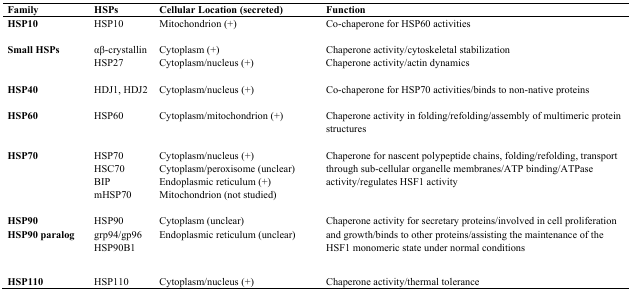
<table><thead><tr><td><b>Family</b></td><td><b>HSPs</b></td><td><b>Cellular Location (secreted)</b></td><td><b>Function</b></td></tr></thead><tbody><tr><td><b>HSP10</b></td><td>HSP10</td><td>Mitochondrion (+)</td><td>Co-chaperone for HSP60 activities</td></tr><tr><td><b>Small HSPs</b></td><td>αβ-crystallin</td><td>Cytoplasm (+)</td><td>Chaperone activity/cytoskeletal stabilization</td></tr><tr><td></td><td>HSP27</td><td>Cytoplasm/nucleus (+)</td><td>Chaperone activity/actin dynamics</td></tr><tr><td><b>HSP40</b></td><td>HDJ1, HDJ2</td><td>Cytoplasm/nucleus (+)</td><td>Co-chaperone for HSP70 activities/binds to non-native proteins</td></tr><tr><td><b>HSP60</b></td><td>HSP60</td><td>Cytoplasm/mitochondrion (+)</td><td>Chaperone activity in folding/refolding/assembly of multimeric protein structures</td></tr><tr><td><b>HSP70</b></td><td>HSP70</td><td>Cytoplasm/nucleus (+)</td><td rowspan="4">Chaperone for nascent polypeptide chains, folding/refolding, transport through sub-cellular organelle membranes/ATP binding/ATPase activity/regulates HSF1 activity</td></tr><tr><td></td><td>HSC70</td><td>Cytoplasm/peroxisome (unclear)</td></tr><tr><td></td><td>BIP</td><td>Endoplasmic reticulum (+)</td></tr><tr><td></td><td>mHSP70</td><td>Mitochondrion (not studied)</td></tr><tr><td><b>HSP90</b><b>HSP90 paralog</b></td><td>HSP90grp94/gp96 HSP90B1</td><td>Cytoplasm (unclear)Endoplasmic reticulum (unclear)</td><td>Chaperone activity for secretary proteins/involved in cell proliferation and growth/binds to other proteins/assisting the maintenance of the HSF1 monomeric state under normal conditions</td></tr><tr><td><b>HSP110</b></td><td>HSP110</td><td>Cytoplasm/nucleus (+)</td><td>Chaperone activity/thermal tolerance</td></tr></tbody></table>